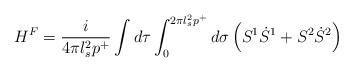
LaTeX: \begin{align*}H^F = \frac{i}{4 \pi l_s^2 p^+} \int d \tau \int_{0}^{2 \pi l_s^2 p^+} d \sigma\left( S^1 \dot{S}^1 + S^2 \dot{S}^2 \right)\end{align*}